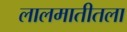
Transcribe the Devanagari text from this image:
लालमातीतला